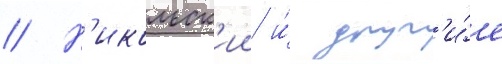
// Н'икольск'ии и́ друг'и́е